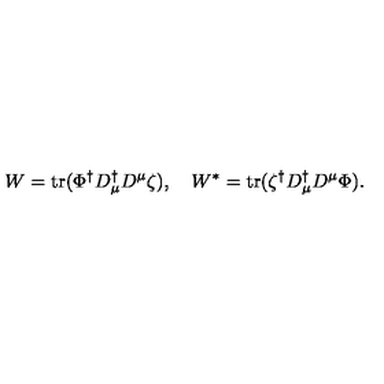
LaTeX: W = \mathrm { t r } ( \Phi ^ { \dagger } D _ { \mu } ^ { \dagger } D ^ { \mu } \zeta ) , \quad W ^ { \ast } = \mathrm { t r } ( \zeta ^ { \dagger } D _ { \mu } ^ { \dagger } D ^ { \mu } \Phi ) .